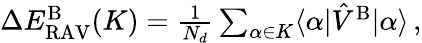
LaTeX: \begin{array}{r}{\Delta E_{\mathrm{RAV}}^{\mathrm{B}}(K)=\frac{1}{N_{d}}\sum_{\alpha\in K}\langle\alpha|\hat{V}^{\mathrm{B}}|\alpha\rangle\, ,}\end{array}